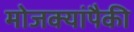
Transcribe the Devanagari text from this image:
मोजक्यांपैकी